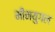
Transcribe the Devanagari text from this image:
मीनयुगल